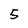
Character: 5